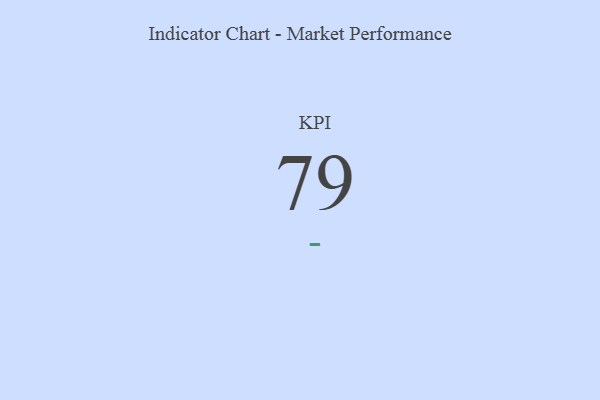
{"axis": {"x": "KPI", "y": "Value"}, "legend": [""], "data": [{"x": "KPI", "y": 79, "type": ""}]}